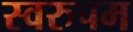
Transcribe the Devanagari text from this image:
स्वरुपम